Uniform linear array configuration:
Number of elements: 32
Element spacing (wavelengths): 0.25
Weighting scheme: binomial
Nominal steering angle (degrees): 0
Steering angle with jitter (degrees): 0.02545
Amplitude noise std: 0.05
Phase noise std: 0.05

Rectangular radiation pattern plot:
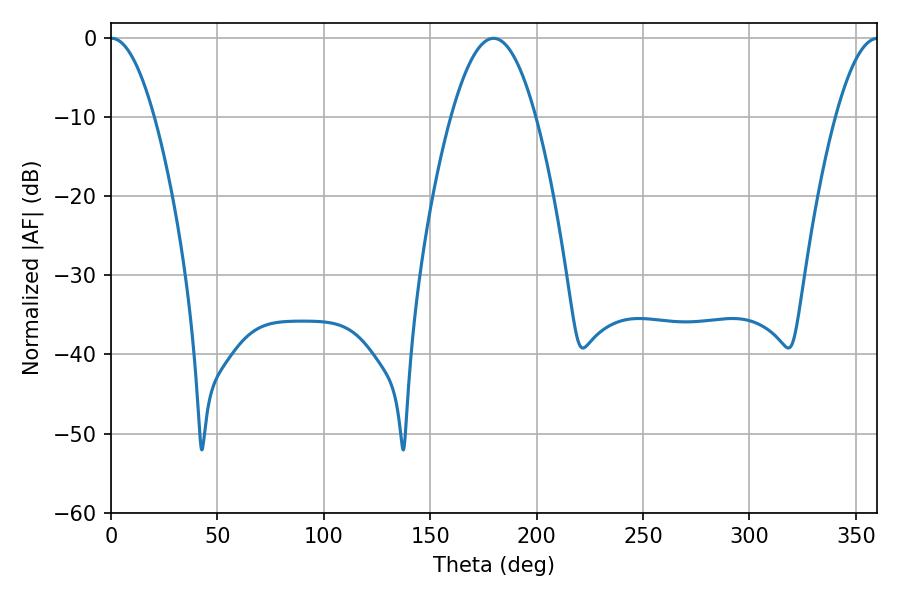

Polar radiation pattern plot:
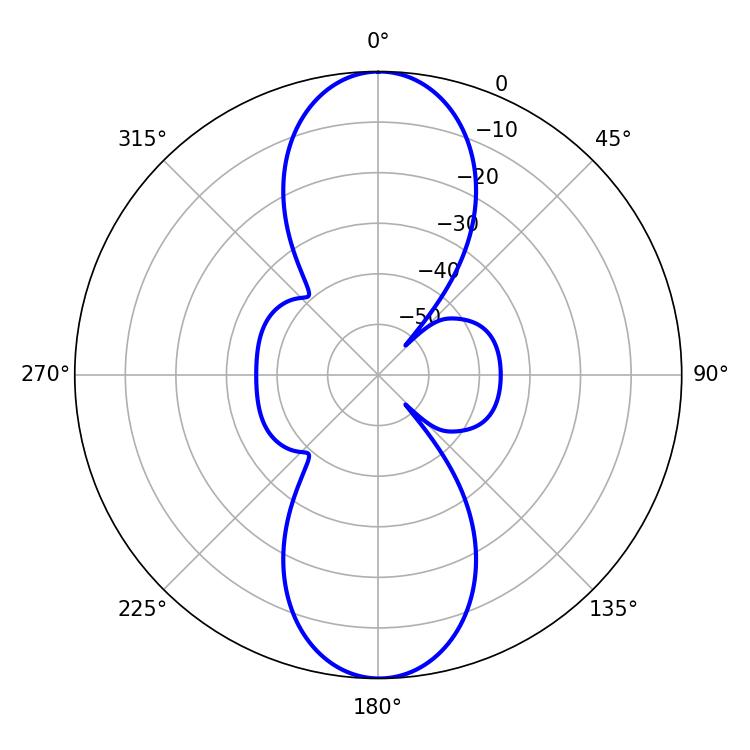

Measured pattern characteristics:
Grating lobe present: FALSE
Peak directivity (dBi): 26.631
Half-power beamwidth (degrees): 11.16
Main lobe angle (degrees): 0.18